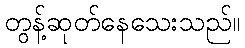
တွန့်ဆုတ်နေသေးသည်။